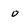
Character: o